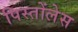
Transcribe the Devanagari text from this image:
पिस्तोंलेस